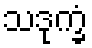
သဒုက္ခံ